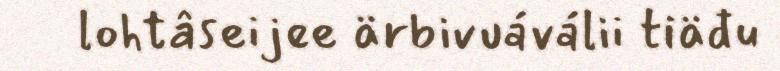
lohtâseijee ärbivuáválii tiäđu